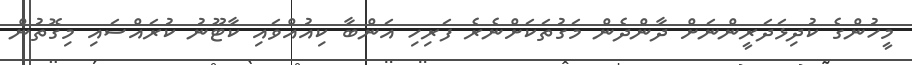
މީހުންގެ ކުދިޅަދަރީންނަށް ދާންދެން މަގުތަކަށްނެރެ ފަރިހި އަންބާ ކިއުއްވައި ކާޓޫނު ކުރައްސައި މިގޮތުން